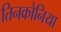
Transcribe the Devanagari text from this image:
तिनकोनिया